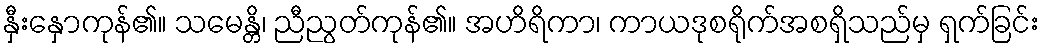
နှီးနှောကုန်၏။ သမေန္တိ၊ ညီညွတ်ကုန်၏။ အဟိရိကာ၊ ကာယဒုစရိုက်အစရှိသည်မှ ရှက်ခြင်း